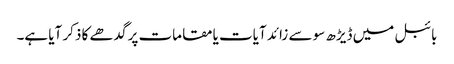
بائبل میں ڈیڑھ سو سے زائد آیات یا مقامات پر گدھے کا ذکر آیا ہے۔